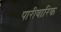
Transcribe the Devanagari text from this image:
पारीवारिक